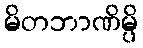
မိတဘာဏိမ္ပိ